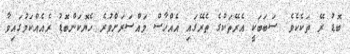
ބޮޑު ރޭ ތަކެކެވެ. ސަބަބަކީ އެރޭތަކުގެ ތެރޭގައި އެއްހާސް މައްސަރަށްވުރެ ހެޔޮކަންބޮޑު ރެއެއްކަމުގައިވާ